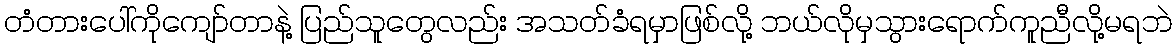
တံတားပေါ်ကိုကျော်တာနဲ့ ပြည်သူတွေလည်း အသတ်ခံရမှာဖြစ်လို့ ဘယ်လိုမှသွားရောက်ကူညီလို့မရဘဲ